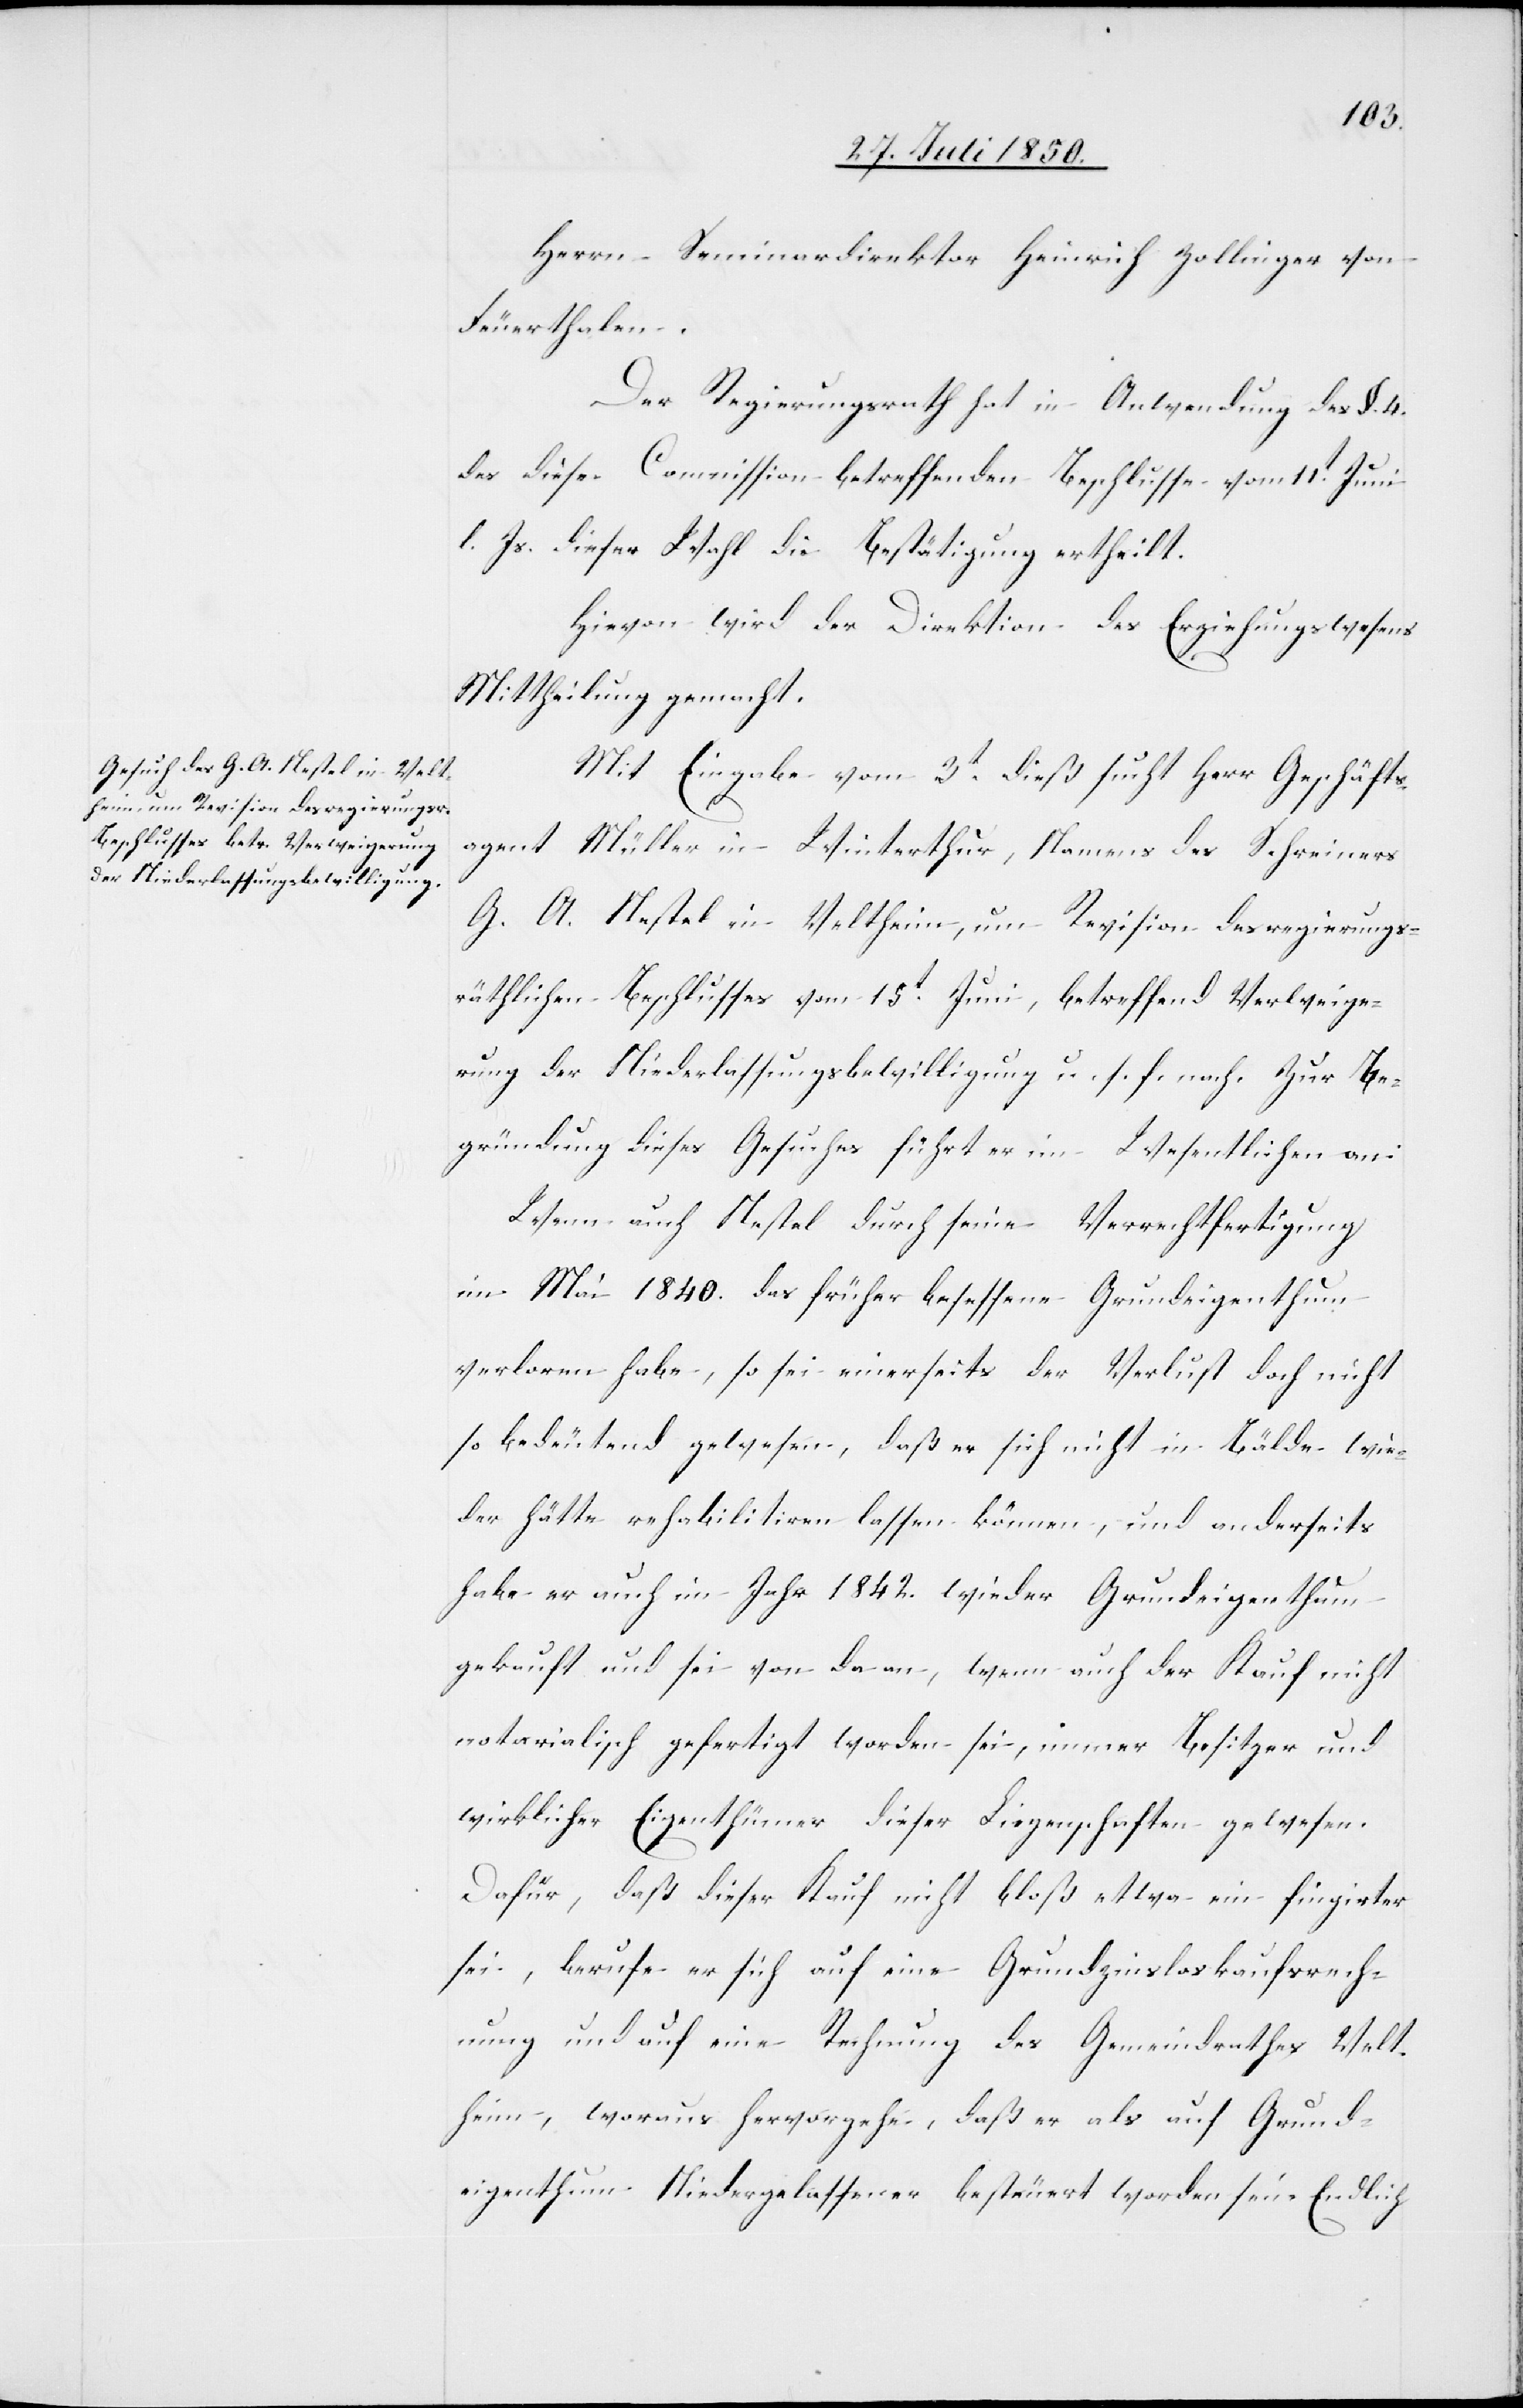
Herrn Seminardirektor Heinrich Zollinger von
Feuerthalen.
Der Regierungsrath hat in Anwendung des §. 4.
der diese Commission betreffenden Beschlusse [sic!] vom 11t Juni
l. Js. dieser Wahl die Bestätigung ertheilt.
Hievon wird der Direktion des Erziehungswesens
Mittheilung gemacht.
Mit Eingabe vom 3t dieß sucht Herr Geschäfts¬
agent Müller in Winterthur, Namens des Schreiners
G. A. Nestel in Veltheim, um Revision des regierungs¬
räthlichen Beschlusses vom 15t Juni, betreffend Verweige¬
rung der Niederlassungsbewilligung u. s. f. nach. Zur Be¬
gründung dieses Gesuches führt er im Wesentlichen an:
Wenn auch Nestel durch seine Verrechtfertigung
im Mai 1840. das früher besessene Grundeigenthum
verloren habe, so sei einerseits der Verlust doch nicht
so bedeutend gewesen, daß er sich nicht in Bälde wie¬
der hätte rehabilitiren lassen können, und anderseits
habe er auch im Jahr 1842. wieder Grundeigenthum
gekauft und sei von da an, wenn auch der Kauf nicht
notarialisch gefertigt worden sei, immer Besitzer und
wirklicher Eigenthümer dieser Liegenschaften gewesen.
Dafür, daß dieser Kauf nicht bloß etwa ein fingirter
sei, berufe er sich auf eine Grundzinsloskaufsrech¬
nung und auf eine Rechnung des Gemeindrathes Velt¬
heim, woraus hervorgehe, daß er als auf Grund¬
eigenthum Niedergelassener besteuert worden sei. Endlich